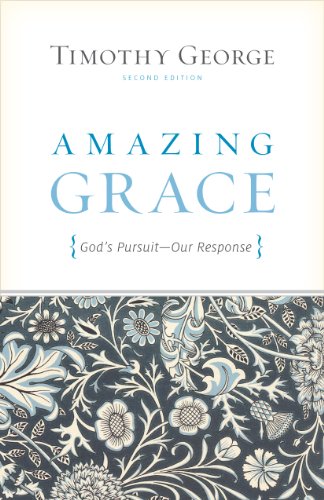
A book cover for Amazing Grace (Second Edition): God's Pursuit, Our Response; Timothy George; Christian Books & Bibles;